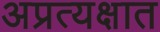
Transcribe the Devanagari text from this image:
अप्रत्यक्षात